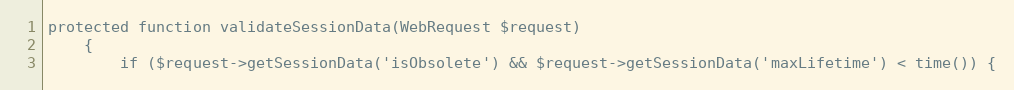
Language: PHP
protected function validateSessionData(WebRequest $request)
    {
        if ($request->getSessionData('isObsolete') && $request->getSessionData('maxLifetime') < time()) {